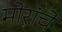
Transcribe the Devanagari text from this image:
मोरांचे